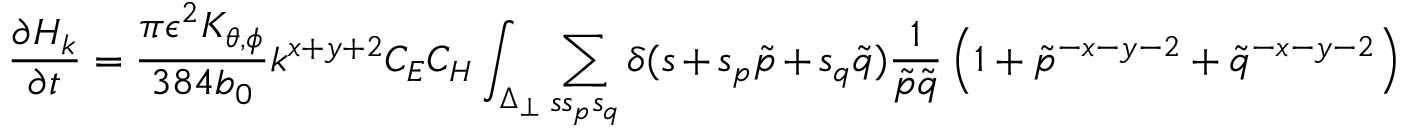
\frac { \partial H _ { k } } { \partial t } = \frac { \pi \epsilon ^ { 2 } K _ { \theta , \phi } } { 3 8 4 b _ { 0 } } k ^ { x + y + 2 } C _ { E } C _ { H } \int _ { \Delta _ { \perp } } \sum _ { s s _ { p } s _ { q } } \delta ( s + s _ { p } \tilde { p } + s _ { q } \tilde { q } ) \frac { 1 } { \tilde { p } \tilde { q } } \left( 1 + { \tilde { p } } ^ { - x - y - 2 } + { \tilde { q } } ^ { - x - y - 2 } \right)